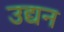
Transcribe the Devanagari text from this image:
उद्यन